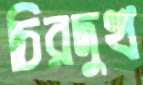
চিরদুখ